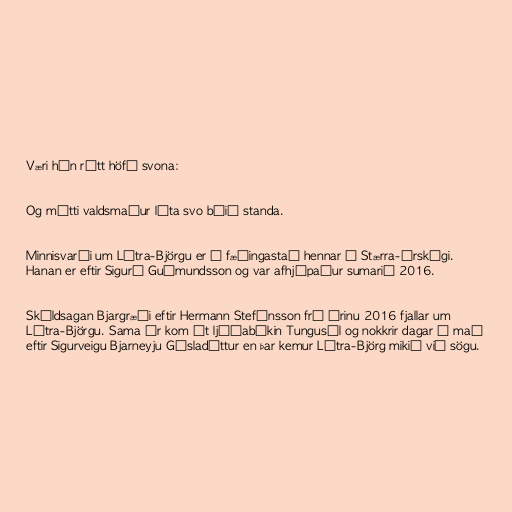
Væri hún rétt höfð svona:

Og mátti valdsmaður láta svo búið standa.

Minnisvarði um Látra-Björgu er á fæðingastað hennar í Stærra-Árskógi.
Hanan er eftir Sigurð Guðmundsson og var afhjúpaður sumarið 2016.

Skáldsagan Bjargræði eftir Hermann Stefánsson frá árinu 2016 fjallar um
Látra-Björgu. Sama ár kom út ljóðabókin Tungusól og nokkrir dagar í maí
eftir Sigurveigu Bjarneyju Gísladóttur en þar kemur Látra-Björg mikið við sögu.